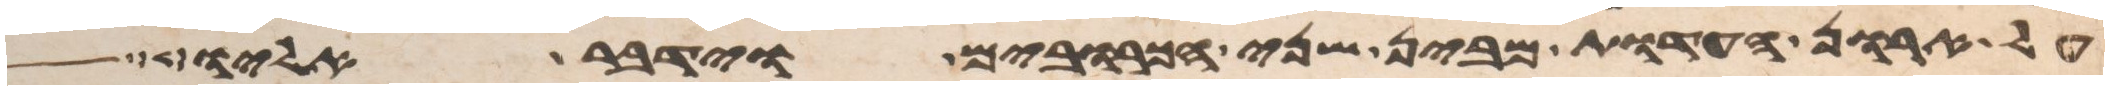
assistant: על ארון העדות מבין שני הכרובים וידבר אליו